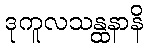
ဒုကူလသန္ထနာနိ